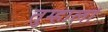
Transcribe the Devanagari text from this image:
तुम्हालां